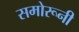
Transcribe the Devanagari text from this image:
समोरूनी